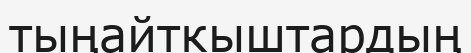
тыңайткыштардың